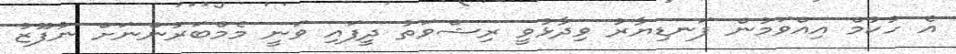
އެ ހުކުމް އިއްވަމުން ފަނޑިޔާރު ވިދާޅުވީ ރިޝްވަތު ދީފައި ވަނީ މެމްބަރުންނަށް ނުފޫޒު